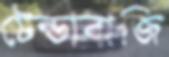
টেন্ডাবাজি